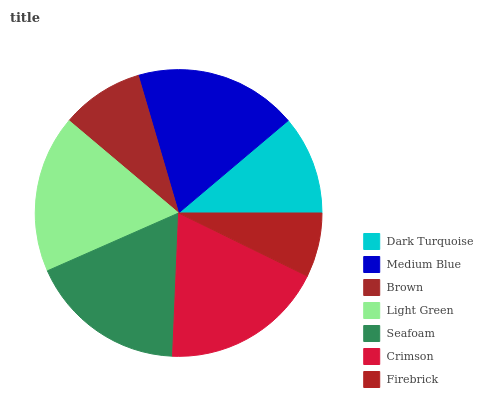
| Dark Turquoise | Medium Blue | Brown | Light Green | Seafoam | Crimson | Firebrick |
 | --- | --- | --- | --- | --- | --- | --- |
 | 11.2% | 18.3% | 9.33% | 17.8% | 17.7% | 18.5% | 7.26% |